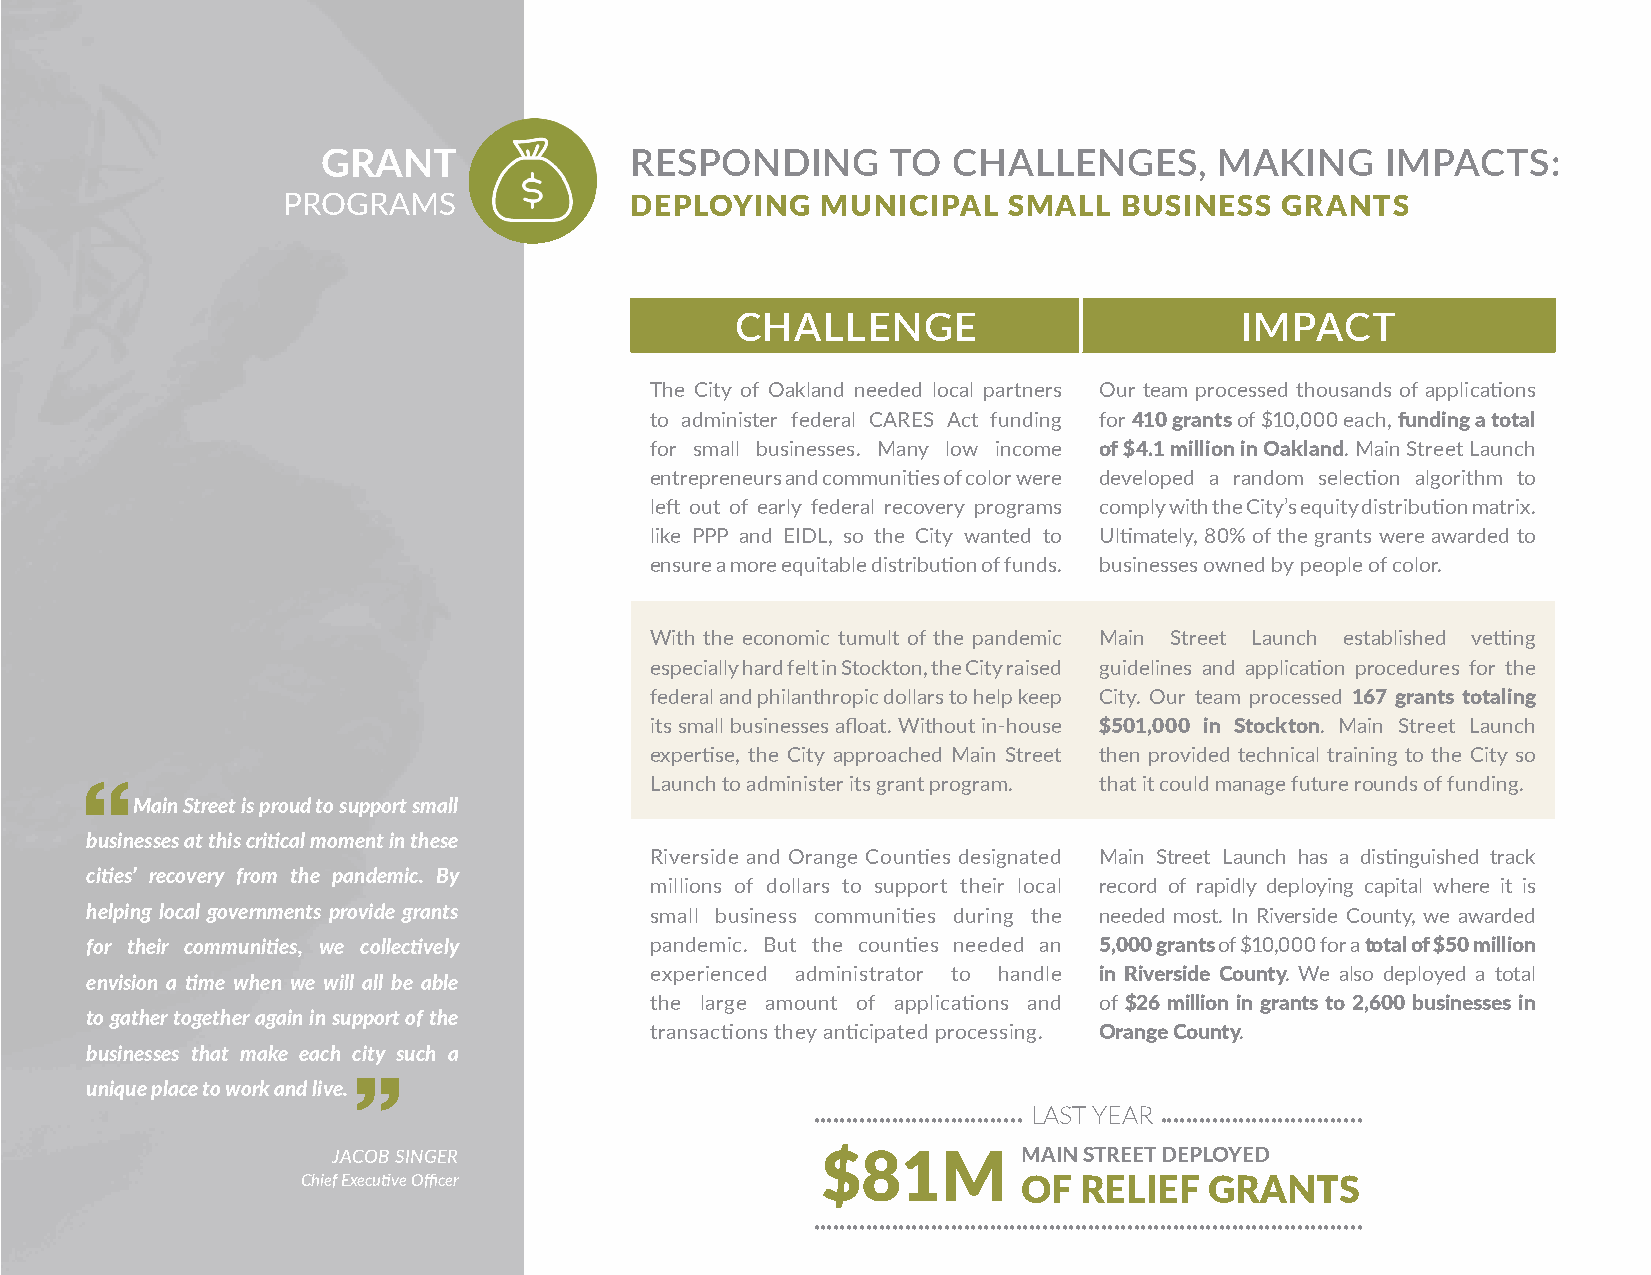
GRANT                RESPONDING       TO  CHALLENGES,       MAKING     IMPACTS:
 PROGRAMS               DEPLOYING   MUNICIPAL    SMALL  BUSINESS   GRANTS
 CHALLENGE                        IMPACT
 The City of Oakland needed local partners Our team processed thousands of applications
 to administer federal CARES Act funding for 410 grants of $10,000 each, funding a total
 for small businesses. Many low income of $4.1 million in Oakland. Main Street Launch
 entrepreneurs and communities of color were developed a random selection algorithm to
 left out of early federal recovery programs comply with the City’s equity distribution matrix.
 like PPP and EIDL, so the City wanted to Ultimately, 80% of the grants were awarded to
 ensure a more equitable distribution of funds. businesses owned by people of color.
 With the economic tumult of the pandemic Main Street Launch established vetting
 especially hard felt in Stockton, the City raised guidelines and application procedures for the
 federal and philanthropic dollars to help keep City. Our team processed 167 grants totaling
 its small businesses afloat. Without in-house $501,000 in Stockton. Main Street Launch
 expertise, the City approached Main Street then provided technical training to the City so
 Launch to administer its grant program. that it could manage future rounds of funding.
 Main Street is proud to support small
 businesses at this critical moment in these
 Riverside and Orange Counties designated Main Street Launch has a distinguished track
 cities’ recovery from the pandemic. By
 millions of dollars to support their local record of rapidly deploying capital where it is
 helping local governments provide grants small business communities during the needed most. In Riverside County, we awarded
 for their communities, we collectively pandemic. But the counties needed an 5,000 grants of $10,000 for a total of $50 million
 experienced administrator to handle in Riverside County. We also deployed a total
 envision a time when we will all be able
 the large amount of applications and of $26 million in grants to 2,600 businesses in
 to gather together again in support of the
 transactions they anticipated processing. Orange County.
 businesses that make each city such a
 unique place to work and live.
 LAST YEAR
 •••••••••••••••••••••••••••••••• •••••••••••••••••••••••••••••••
 JACOB SINGER                    $81M          MAIN STREET DEPLOYED
 Chief Executive Officer                         OF  RELIEF  GRANTS
 ••••••••••••••••••••••••••••••••••••••••••••••••••••••••••••••••••••••••••••••••••••